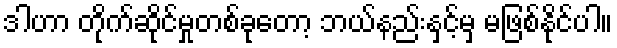
ဒါဟာ တိုက်ဆိုင်မှုတစ်ခုတော့ ဘယ်နည်းနှင့်မှ မဖြစ်နိုင်ပါ။